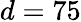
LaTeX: d=75